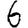
Digit: 6